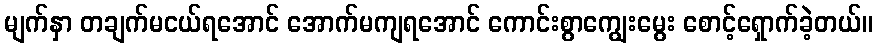
မျက်နှာ တချက်မငယ်ရအောင် အောက်မကျရအောင် ကောင်းစွာကျွေးမွေး စောင့်ရှောက်ခဲ့တယ်။